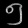
Digit: ၅